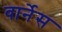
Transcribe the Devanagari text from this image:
वार्नेस